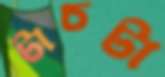
টাচটা